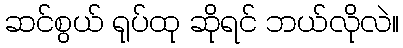
ဆင်စွယ် ရုပ်ထု ဆိုရင် ဘယ်လိုလဲ။